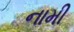
નામી